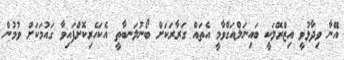
އޭނާ ވިދާޅުވީ އިޒްރޭލަކީ ބައިނަލްއަގްވާމީ އެތައް ގަރާރަކަށް ބޯނުލަނބާތީ އެކަހެރިކޮށްފައިވާ ގައުމަކަށް ވުމުން